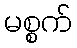
မစ္စက်